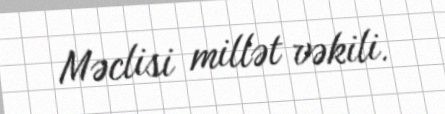
Məclisi millət vəkili.